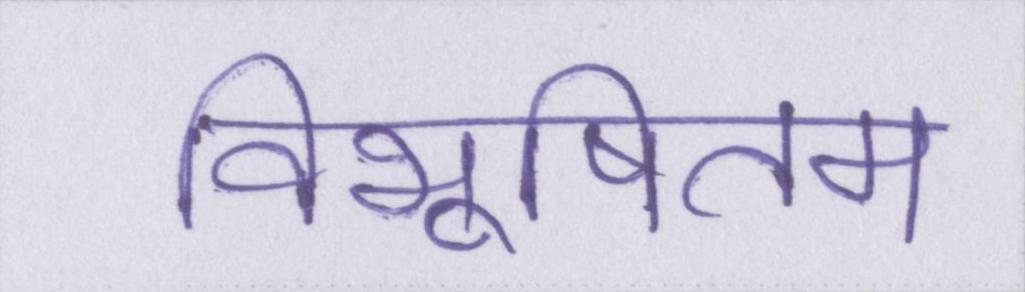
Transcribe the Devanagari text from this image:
विभूषितम